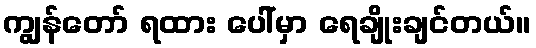
ကျွန်တော် ရထား ပေါ်မှာ ရေချိုးချင်တယ်။